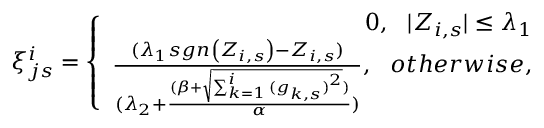
\begin{array} { r } { \xi _ { j s } ^ { i } = \left\{ \begin{array} { r } { 0 , \ \ | Z _ { i , s } | \leq \lambda _ { 1 } } \\ { \frac { ( \lambda _ { 1 } s g n \left( Z _ { i , s } \right) - Z _ { i , s } ) } { ( \lambda _ { 2 } + \frac { ( \beta + \sqrt { \sum _ { k = 1 } ^ { i } { ( g _ { k , s } ) } ^ { 2 } } ) } { \alpha } ) } , \ \ o t h e r w i s e , } \end{array} \right. } \end{array}